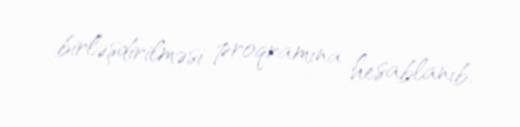
birləşdirilməsi proqramına hesablanıb.